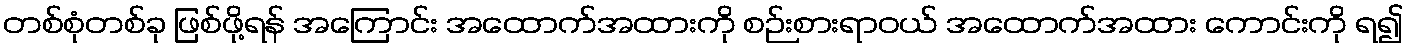
တစ်စုံတစ်ခု ဖြစ်ဖို့ရန် အကြောင်း အထောက်အထားကို စဉ်းစားရာဝယ် အထောက်အထား ကောင်းကို ရ၍